画像に写った文字を読んでください
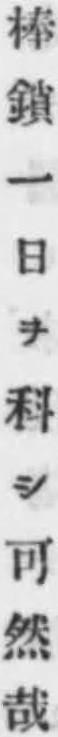
「棒鎖一日ヲ科シ可然哉」と書いてあります